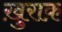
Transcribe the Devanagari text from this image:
खु़राक़